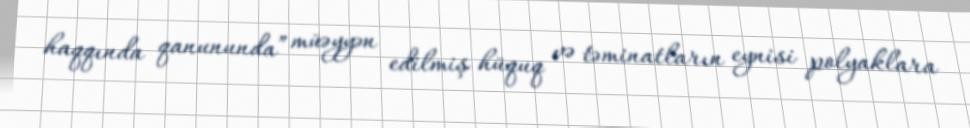
haqqında qanununda” müəyyən edilmiş hüquq və təminatların eynisi polyaklara